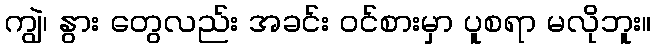
ကျွဲ၊ နွား တွေလည်း အခင်း ဝင်စားမှာ ပူစရာ မလိုဘူး။